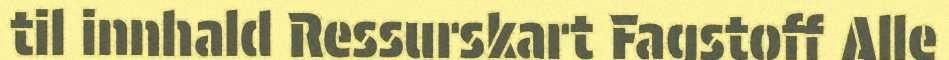
til innhald Ressurskart Fagstoff Alle